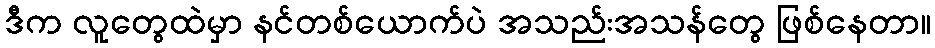
ဒီက လူတွေထဲမှာ နင်တစ်ယောက်ပဲ အသည်းအသန်တွေ ဖြစ်နေတာ။